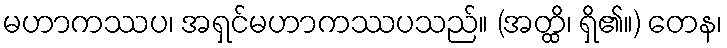
မဟာကဿပ၊ အရှင်မဟာကဿပသည်။ (အတ္ထိ၊ ရှိ၏။) တေန၊